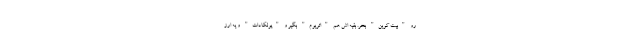
رو "بیت کوین" بخر. بقیه اش هم "اتریوم" بگیر و "پولکادات" و یه ارز